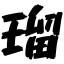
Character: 瑠